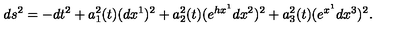
d s ^ { 2 } = - d t ^ { 2 } + a _ { 1 } ^ { 2 } ( t ) ( d x ^ { 1 } ) ^ { 2 } + a _ { 2 } ^ { 2 } ( t ) ( e ^ { h x ^ { 1 } } d x ^ { 2 } ) ^ { 2 } + a _ { 3 } ^ { 2 } ( t ) ( e ^ { x ^ { 1 } } d x ^ { 3 } ) ^ { 2 } .